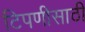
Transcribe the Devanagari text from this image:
टिपणीसाठी